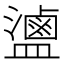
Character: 𬐻